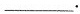
___.